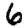
Digit: 6